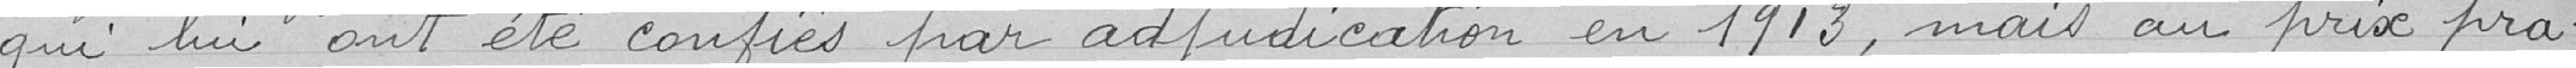
qui lui ont été confiés par adjudication en 1918, mais au prix pra